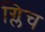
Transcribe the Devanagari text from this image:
ग्लिच